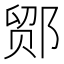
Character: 𬪍